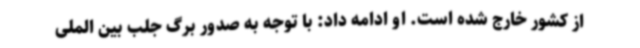
از کشور خارج شده است. او ادامه داد: با توجه به صدور برگ جلب بین الملی